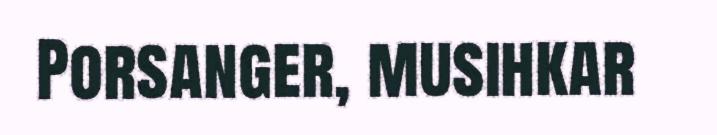
Porsanger, musihkar